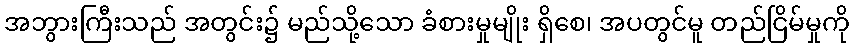
အဘွားကြီးသည် အတွင်း၌ မည်သို့သော ခံစားမှုမျိုး ရှိစေ၊ အပတွင်မူ တည်ငြိမ်မှုကို